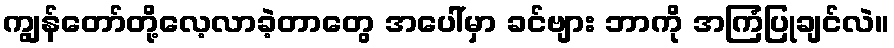
ကျွန်တော်တို့လေ့လာခဲ့တာတွေ အပေါ်မှာ ခင်ဗျား ဘာကို အကြံပြုချင်လဲ။